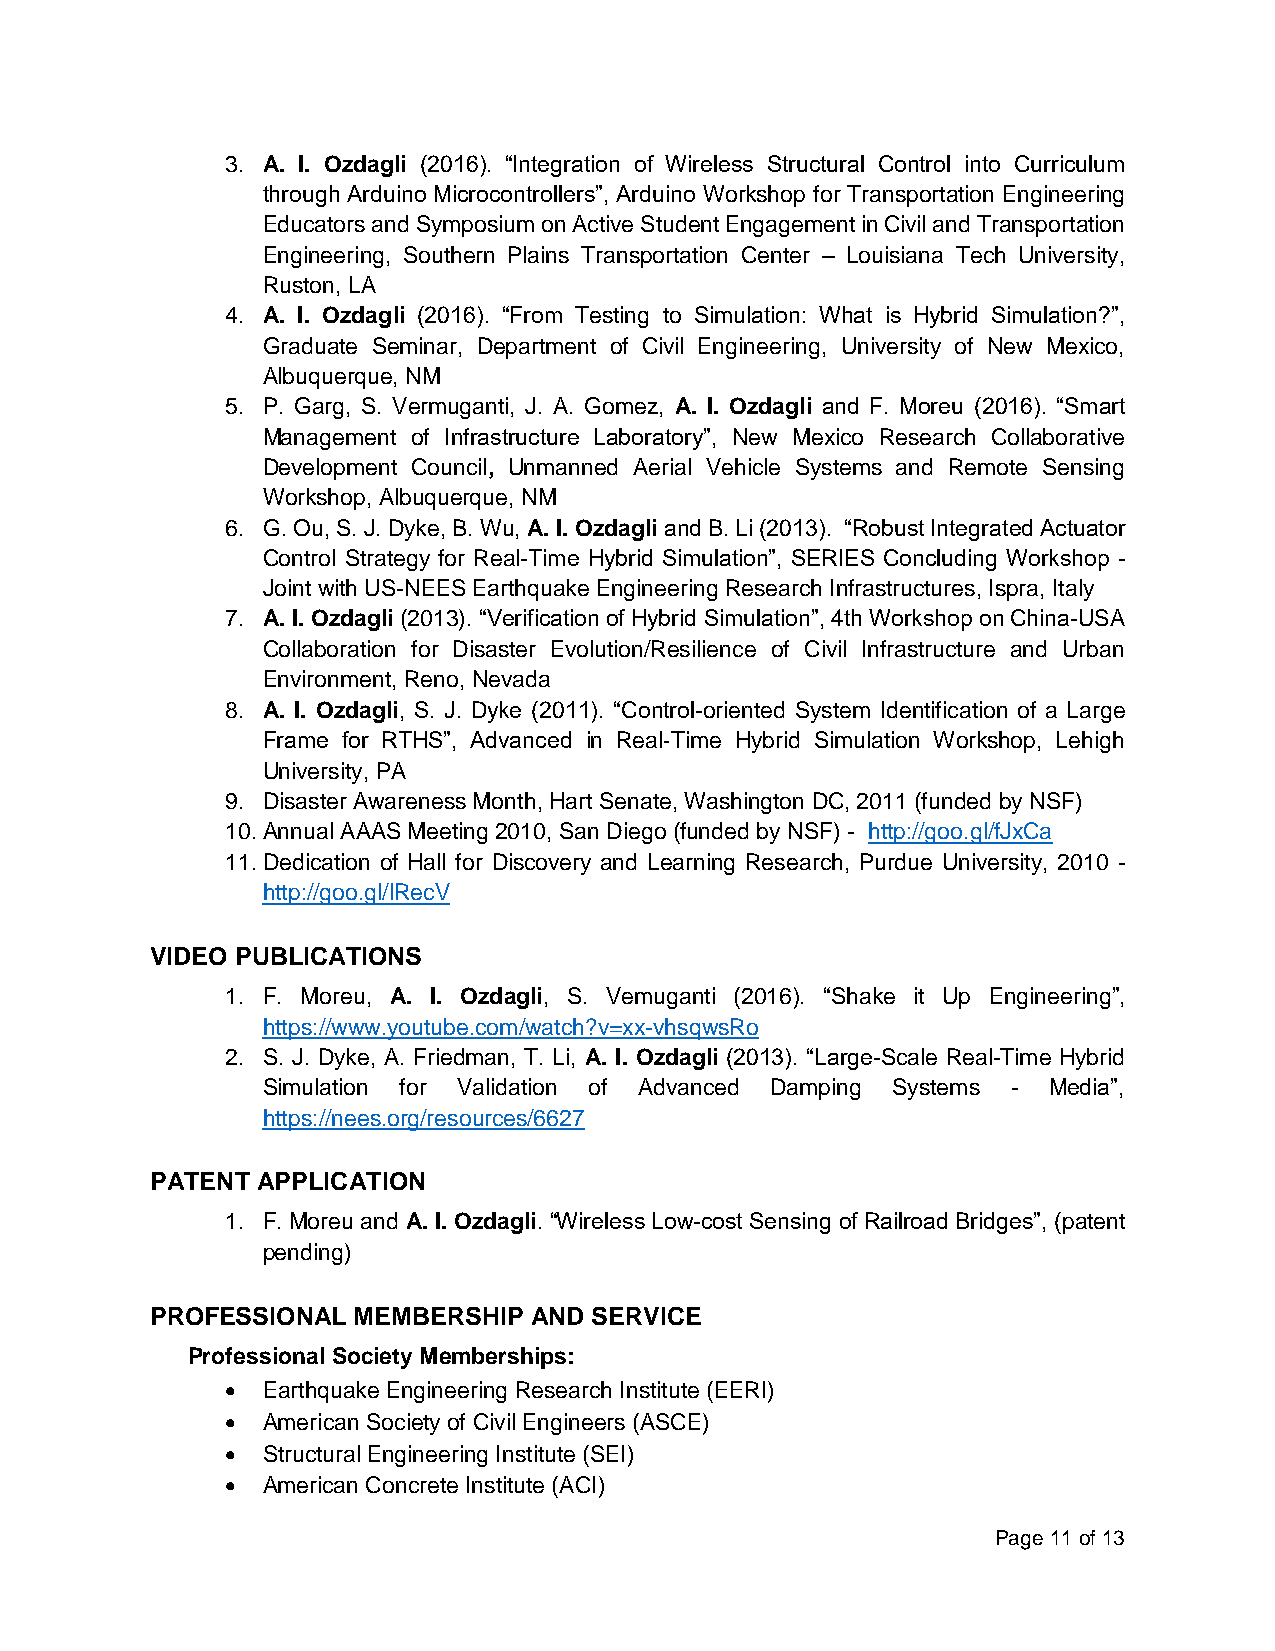
3. A. I. Ozdagli (2016). “Integration of Wireless Structural Control into Curriculum
 through Arduino Microcontrollers”, Arduino Workshop for Transportation Engineering
 Educators and Symposium on Active Student Engagement in Civil and Transportation
 Engineering, Southern Plains Transportation Center – Louisiana Tech University,
 Ruston, LA
 4. A. I. Ozdagli (2016). “From Testing to Simulation: What is Hybrid Simulation?”,
 Graduate Seminar, Department of Civil Engineering, University of New Mexico,
 Albuquerque, NM
 5. P. Garg, S. Vermuganti, J. A. Gomez, A. I. Ozdagli and F. Moreu (2016). “Smart
 Management of Infrastructure Laboratory”, New Mexico Research Collaborative
 Development Council, Unmanned Aerial Vehicle Systems and Remote Sensing
 Workshop, Albuquerque, NM
 6. G. Ou, S. J. Dyke, B. Wu, A. I. Ozdagli and B. Li (2013). “Robust Integrated Actuator
 Control Strategy for Real-Time Hybrid Simulation”, SERIES Concluding Workshop -
 Joint with US-NEES Earthquake Engineering Research Infrastructures, Ispra, Italy
 7. A. I. Ozdagli (2013). “Verification of Hybrid Simulation”, 4th Workshop on China-USA
 Collaboration for Disaster Evolution/Resilience of Civil Infrastructure and Urban
 Environment, Reno, Nevada
 8. A. I. Ozdagli, S. J. Dyke (2011). “Control-oriented System Identification of a Large
 Frame for RTHS”, Advanced in Real‐Time Hybrid Simulation Workshop, Lehigh
 University, PA
 9. Disaster Awareness Month, Hart Senate, Washington DC, 2011 (funded by NSF)
 10. Annual AAAS Meeting 2010, San Diego (funded by NSF) - http://goo.gl/fJxCa
 11. Dedication of Hall for Discovery and Learning Research, Purdue University, 2010 -
 http://goo.gl/lRecV
 VIDEO PUBLICATIONS
 1. F. Moreu, A. I. Ozdagli, S. Vemuganti (2016). “Shake it Up Engineering”,
 https://www.youtube.com/watch?v=xx-vhsqwsRo
 2. S. J. Dyke, A. Friedman, T. Li, A. I. Ozdagli (2013). “Large-Scale Real-Time Hybrid
 Simulation for Validation of Advanced Damping Systems - Media”,
 https://nees.org/resources/6627
 PATENT APPLICATION
 1. F. Moreu and A. I. Ozdagli. “Wireless Low-cost Sensing of Railroad Bridges”, (patent
 pending)
 PROFESSIONAL MEMBERSHIP  AND SERVICE
 Professional Society Memberships:
 • Earthquake Engineering Research Institute (EERI)
 • American Society of Civil Engineers (ASCE)
 • Structural Engineering Institute (SEI)
 • American Concrete Institute (ACI)
 Page 11 of 13